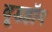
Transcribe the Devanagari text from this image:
वूडहॉग